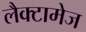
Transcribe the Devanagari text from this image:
लैक्टामेज